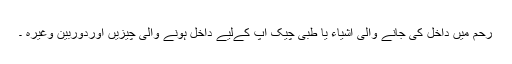
رحم میں داخل کی جانے والی اشیاء یا طبی چیک اپ کےلیے داخل ہونے والی چيزیں اوردوربین وغیرہ ۔